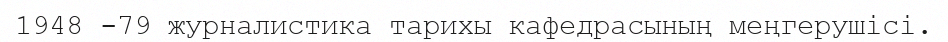
1948 -79 журналистика тарихы кафедрасының меңгерушісі.